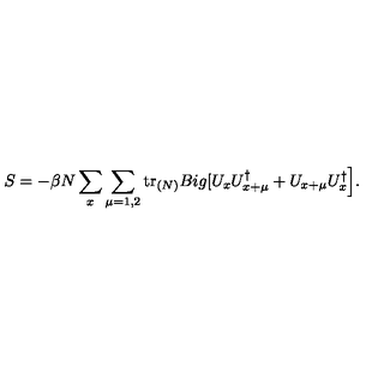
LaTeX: S = - \beta N \sum _ { x } \sum _ { \mu = 1 , 2 } \mathrm { t r } _ { ( N ) } B i g [ U _ { x } U _ { x + \mu } ^ { \dag } + U _ { x + \mu } U _ { x } ^ { \dag } \Big ] .